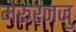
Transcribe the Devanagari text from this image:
मेरूरजजु